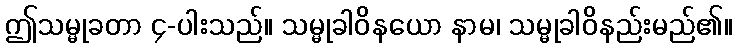
ဤသမ္မုခတာ ၄-ပါးသည်။ သမ္မုခါဝိနယော နာမ၊ သမ္မုခါဝိနည်းမည်၏။